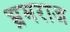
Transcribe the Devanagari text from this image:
भ्रमराज